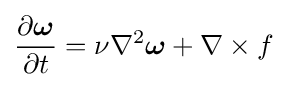
{\frac {\partial {\boldsymbol {\omega }}}{\partial t}}=\nu \nabla ^{2}{\boldsymbol {\omega }}+\nabla \times f